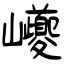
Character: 巙